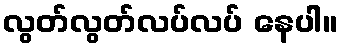
လွတ်လွတ်လပ်လပ် နေပါ။